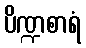
ပိဏ္ဍစာရံ